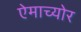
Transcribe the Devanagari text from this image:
ऐमाच्योर